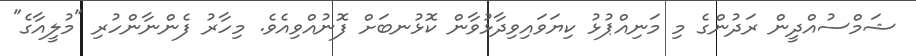
ޝަމްސުއްދީން ރަދުންގެ މި މަނިއްޕުޅު ކިޔަވައިވިދާޅުވާން ކޮޅުނބަށް ފޮނުއްވިއެވެ. މިހާރު ފެންނާންހުރި "މުލީއާގެ"